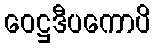
ဝေဋ္ဌဒီပကောပိ